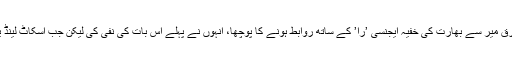
‘‘ مصطفیٰ کمال نے اس حوالے سے مزید کہا کہ اسکاٹ لینڈ یارڈ نے الطاف حسین، انور اور طارق میر سے بھارت کی خفیہ ایجنسی ’را’ کے ساتھ روابط ہونے کا پوچھا، انہوں نے پہلے اس بات کی نفی کی لیکن جب اسکاٹ لینڈ یارڈ نے دستاویزی ثبوت فراہم کیے تو پھر الطاف حسین نے ’را’ سے مدد لینے کا اعتراف کر لیا۔